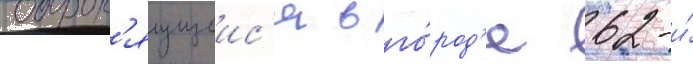
оборон'яущеис'я в го́род'е 62-и́